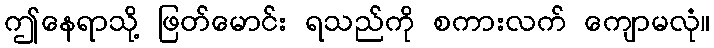
ဤနေရာသို့ ဖြတ်မောင်း ရသည်ကို စကားလက် ကျောမလုံ။